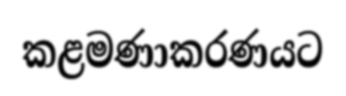
කළමණාකරණයට